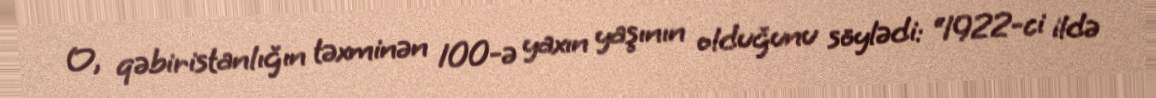
O, qəbiristanlığın təxminən 100-ə yaxın yaşının olduğunu söylədi: “1922-ci ildə